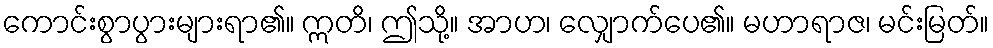
ကောင်းစွာပွားများရာ၏။ ဣတိ၊ ဤသို့။ အာဟ၊ လျှောက်ပေ၏။ မဟာရာဇ၊ မင်းမြတ်။